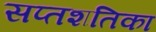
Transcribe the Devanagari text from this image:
सप्तशतिका